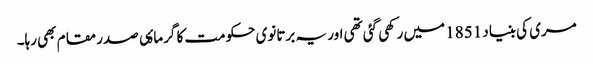
مری کی بنیاد 1851 میں رکھی گئی تھی اور یہ برتانوی حکومت کا گرماۂی صدر مقام بھی رہا۔